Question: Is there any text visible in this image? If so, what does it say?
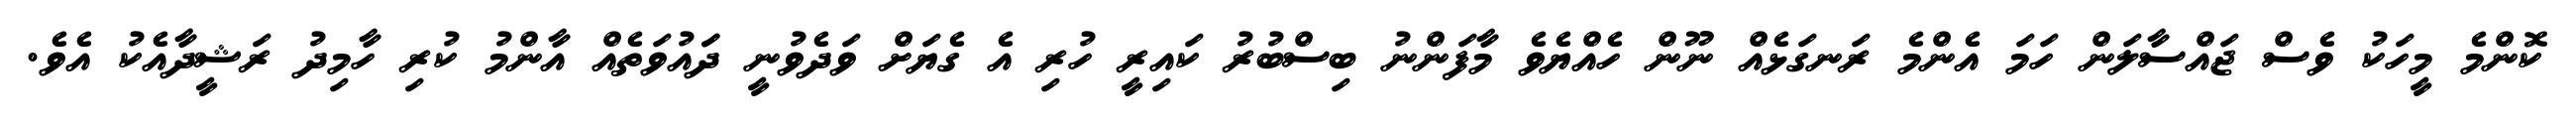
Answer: ކޮންމެ މީހަކު ވެސް ޖައްސާލަން ހަމަ އެންމެ ރަނގަޅެއް ނޫން ހެއްޔެވެ މާފަންނު ބިސްބުރު ކައިރީ ހުރި އެ ގެޔަށް ވަދެވުނީ ދަައުވަތެއް އާންމު ކުރި ހާމިދު ރަޝީދާއެކު އެވެ.